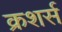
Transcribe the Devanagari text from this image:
क्रशर्स